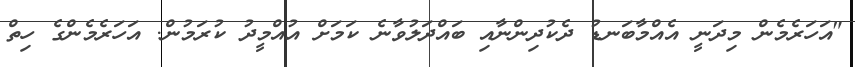
"އަހަރެމެން މިދަނީ އެއްމާބަނޑު ދެކުދިންނާއި ބައްދަލުވާނެ ކަމަށް އުއްމީދު ކުރަމުން. އަހަރެމެންގެ ހިތް